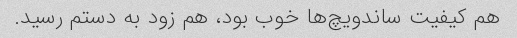
هم کیفیت ساندویچ‌ها خوب بود، هم زود به دستم رسید.